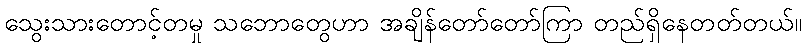
သွေးသားတောင့်တမှု သဘောတွေဟာ အချိန်တော်တော်ကြာ တည်ရှိနေတတ်တယ်။